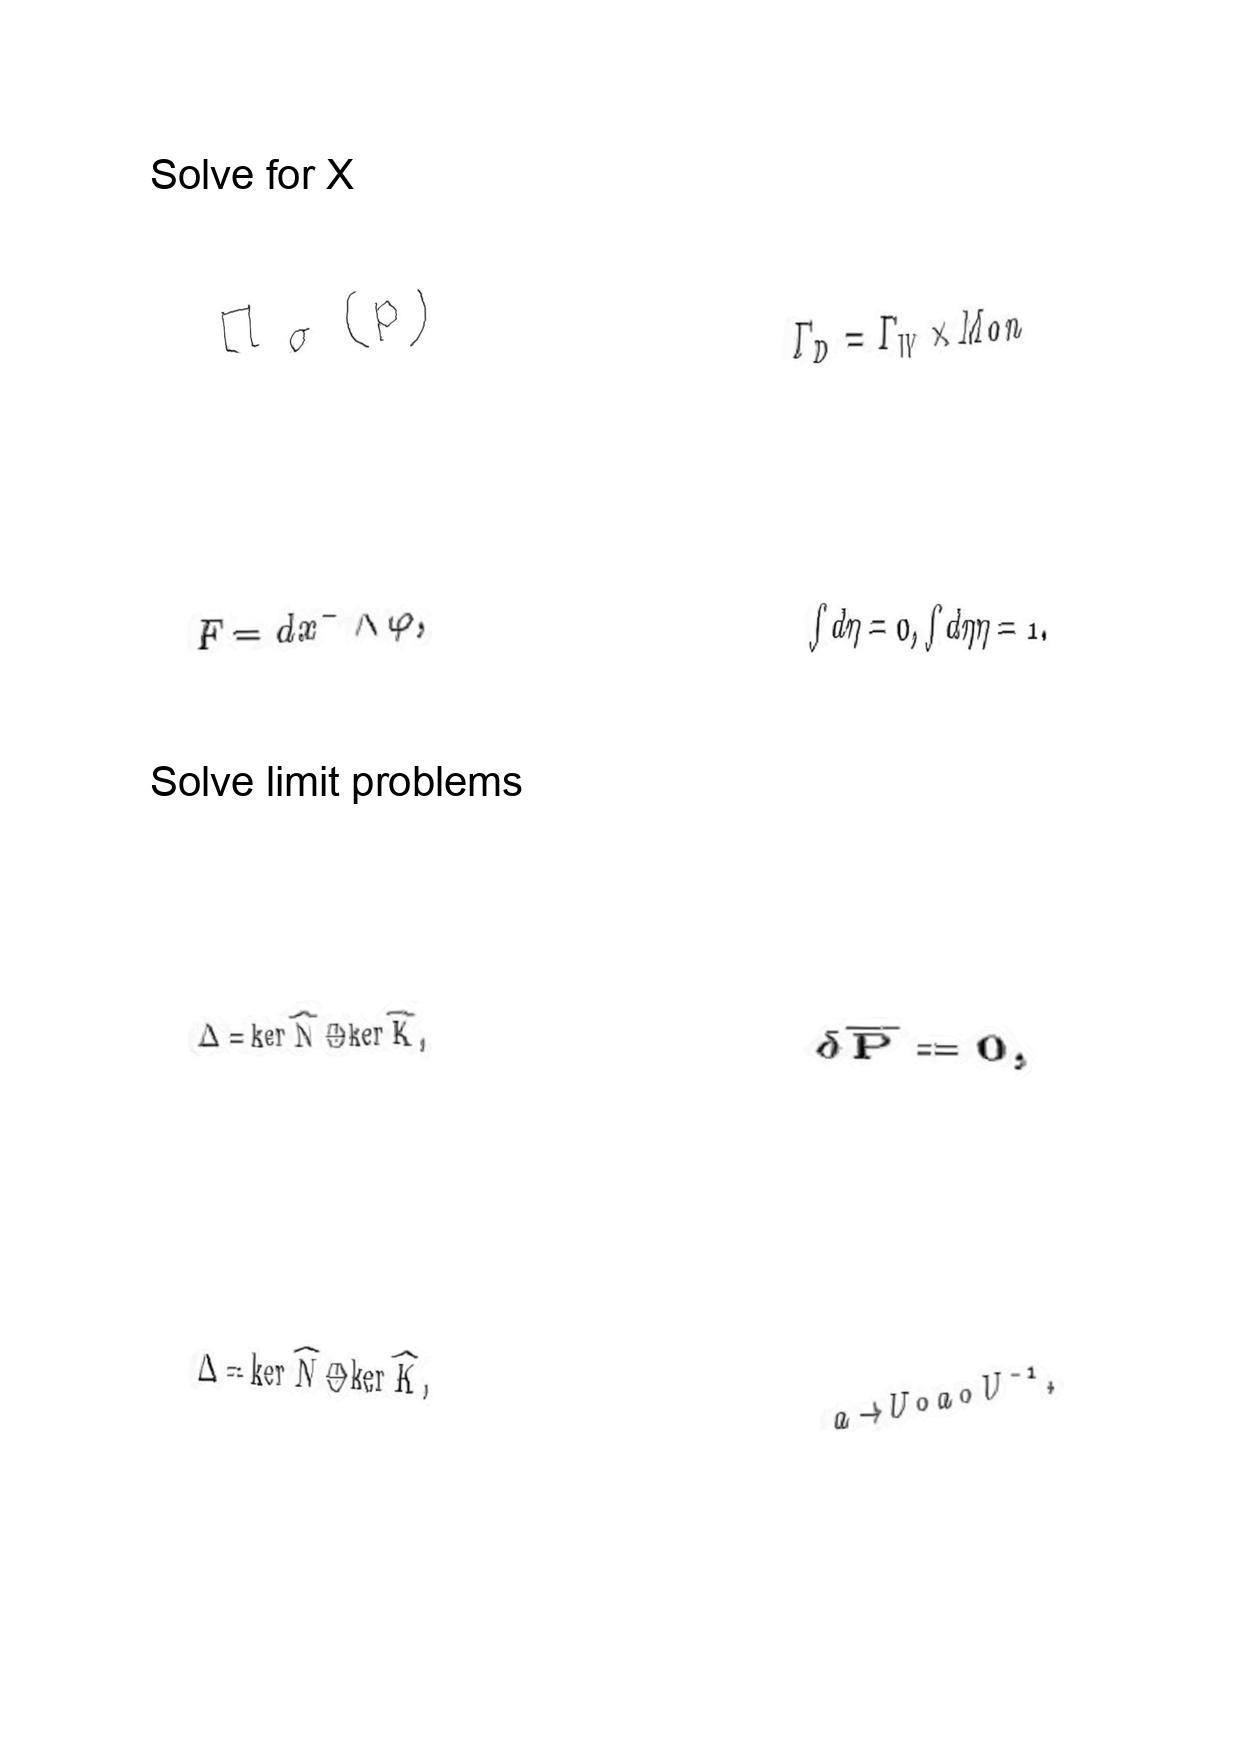
LaTeX transcription:
\Pi _ { \sigma } \lparen p \rparen
F = d x ^ { - } \wedge \varphi ,
\Delta = \ker \hat { N } \oplus \ker \hat { K } ,
\Delta = \ker \hat { N } \oplus \ker \hat { K } ,
\Gamma _ { D } = \Gamma _ { W } \times M o n
\int d \eta = 0 , \int d \eta \eta = 1 .
\delta \overline { P } = 0 ,
a \rightarrow U \circ a \circ U ^ { - 1 } ,